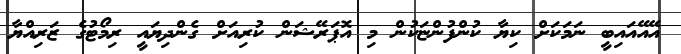
އޭއޭއައިބީ ނަމަކަށް ކިޔާ ކުންފުންޏަކުން މި އޮޕަރޭޝަން ކުރިއަށް ގެންދިޔައީ ރިމޯޓުގެ ޒަރިއްޔާ